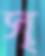
স্